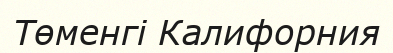
Төменгі Калифорния